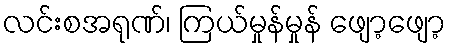
လင်းစအရုဏ်၊ ကြယ်မှုန်မှုန် ဖျော့ဖျော့